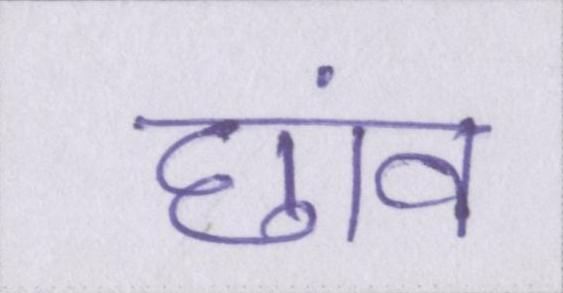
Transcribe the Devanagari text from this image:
छांव